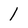
Character: 1